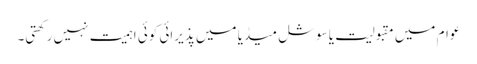
عوام میں مقبولیت یا سوشل میڈیا میں پذیرائی کوئی اہمیت نہیں رکھتی۔